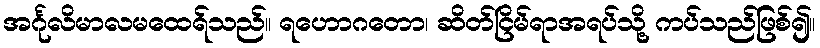
အင်္ဂုလိမာလမထေရ်သည်။ ရဟောဂတော၊ ဆိတ်ငြိမ်ရာအရပ်သို့ ကပ်သည်ဖြစ်၍။